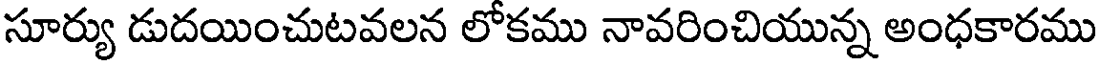
సూర్యు డుదయించుటవలన లోకము నావరించియున్న అంధకారము